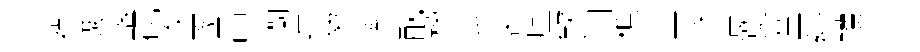
禎覈落矹攻豕昌蘭峙貿率酖楹斗齐廑欸汨樵尘接苦寞瑩紗钁